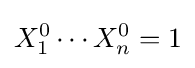
X_{1}^{0}\cdots X_{n}^{0}=1